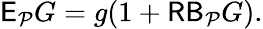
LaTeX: \mathsf E_{\mathcal P}G=g(1+\mathsf{RB}_{\mathcal P}G).